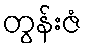
တွန်းဇံ